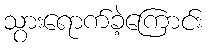
သွားရောက်ခဲ့ကြောင်း